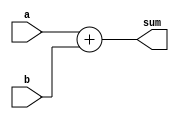
module continuous_assignment_example (
    input wire [3:0] a,     // 4-bit input signal a
    input wire [3:0] b,     // 4-bit input signal b
    output wire [4:0] sum   // 5-bit output signal to hold the sum
);

// Continuous assignment using the assign statement
assign sum = a + b;       // Continuously assign the sum of a and b to the output

endmodule